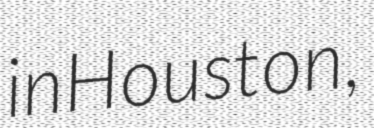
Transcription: in Houston,